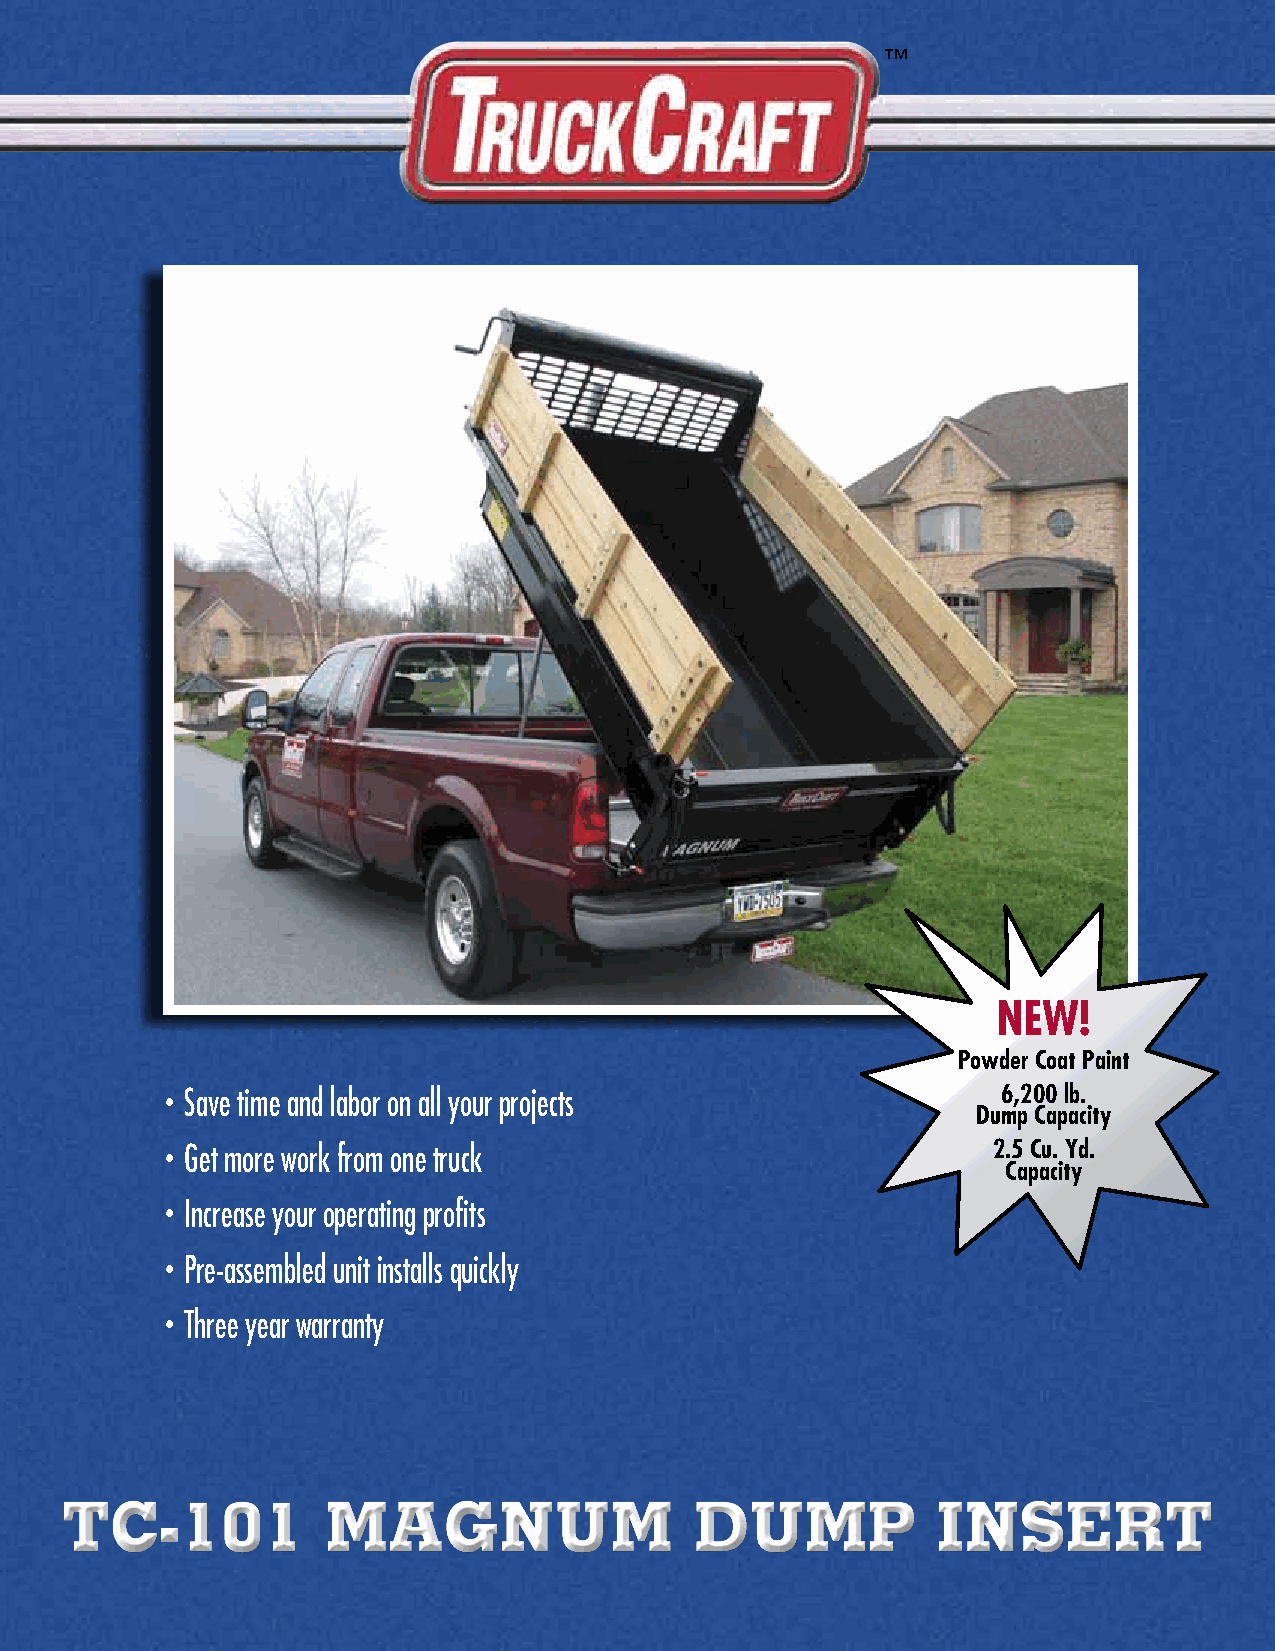
™
 "You     will    like    what       you    see…
 and      it will    put     profits      in   your     pocket."
 Quickly Unloads:
 TC-101 Magnum
 • Sand        • Gravel      • Concrete    • Grain
 Specifications
 • Mulch       • Firewood    • Compost     • Topsoil
 Models for 6.5’ or 8’ Pickups • Coal • Trash • Manure     • Building Materials
 Dumps 6,200 lbs
 Powdercoat Finish
 NEW!
 T6 Alloy Alum Subframe TruckCraft has combined innovation, durability and experience to bring you the TC-101 MAGNUM, a high
 3-Stage Telescopic Cylinder quality steel Pickup Dump insert. Now you can achieve more with your standard pickup truck:
 Powder Coat Paint
 2.5 cu yd Capacity Haul like a pickup truck / Unload like a dump truck/ Save hours of labor/ Produce greater profits
 Insert Weight 600 Lbs(8’) The TC-101 is manufactured to the highest quality standards. It will complement the appearance as well as the • Save time and labor on all your projects 6,200 lb.
 47° Dump Angle usefulness of your pickup. Every feature has been designed and built tough to serve you for years. MAGNUM                   Dump Capacity
 Connects to Truck Battery
 features include a three-stage telescopic lift cylinder, a heavy duty three-way tailgate; virtually maintenance Get more work from one truck 2.5 Cu. Yd.
 150 Amp Resetable Circ Brkr                                                            •
 free power operation; a floor capable of handling a full sheet of plywood with the gate closed; and a premium                  Capacity
 No Height Spacer Required
 powdercoat finish that has been grit-blast-prepped for a premium, durable finish that will look great in any
 23 Second Cycle Time truck. The unit can be installed in your truck by you in just two hours with common hand tools. Just drill two • Increase your operating profits
 48.5” X 99” Cargo Area (8’)
 holes, bolt down two bolts, hook up the battery cables and you’re ready to go to work.
 1-2 Hour Installation
 3 Year Warranty At TruckCraft we are proud of the products we manufacture. We include a full three-year warranty with every • Pre-assembled unit installs quickly
 dump insert model because we know that the quality construction of our units will outlast two or three new
 *Photos may show optional accessories
 pickups. Compare our quality and features and you too will become a proud and satisfied TruckCraft owner.
 Three year warranty
 •
 ™
 1-800-755-DUMP
 www.truckcraft.com
 TC-101            MAGNUM                  DUMP            INSERT
 5751 Molly Pitcher Highway South, Chambersburg, PA 17202
 717-375-2900 FAX 717-375-2975
 TC101-12/09-10m Printed in the U.S.A. ©2010 TruckCraft Corporation TruckCraft reserves the right to make product changes and modifications without prior notice.